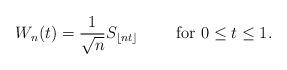
LaTeX: \begin{align*} W_n(t)= \frac{1}{\sqrt{ n }} S_{ \lfloor nt \rfloor} \ \ \ \ \ \ \ \textrm{for}\ 0\leq t \leq 1 .\end{align*}